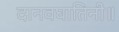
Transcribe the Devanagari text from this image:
दानवघातिनी॥